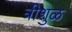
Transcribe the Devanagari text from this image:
त्रीशुळ